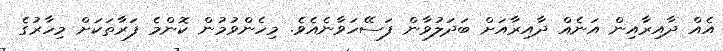
އެއް ދާއިރާއިން އަނެއް ދާއިރާއަށް ބަދަލުވާން ފަސޭހަވާނެއެވެ. މިހެންވުމުން ކޮންމެ ފަރާތަކަށް މިހާރުގެ